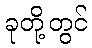
ခုတို့တွင်